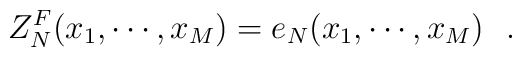
Z_N^F(x_1,\cdots, x_M) = e_N(x_1,\cdots, x_M)\,\,\,\,.